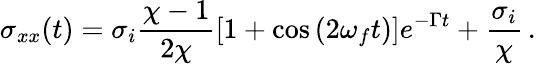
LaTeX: \sigma_{xx}(t)=\sigma_{i}\frac{\chi-1}{2\chi}\left[1+\cos\left(2\omega_{f}t\right)\right]e^{-\Gamma t}+\frac{\sigma_{i}}{\chi}\, .